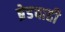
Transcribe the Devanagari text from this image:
ब्रेडचाही